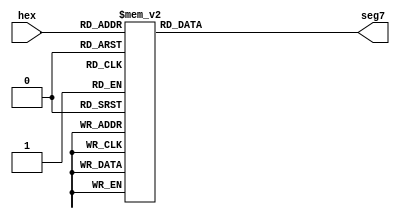
// ECE5440
// Module: decoder7
// Description: A 4-to-7 bit decoder for seven-segment displays.
//		It displays a 4-bit value as a hex digit.

// Visual mapping of reg seg to a seven-segment display:
//	 -0-
//	|   |
//	5   1
//	|   |
//	 -6-
//	|   |
//	4   2
//	 -3- .(DP, ignored)

module decoder7 (hex, seg7);
	input [3:0] hex;
	output [6:0] seg7;
	reg [6:0] seg7;
	
	always @ (hex)
	begin
		//decoder logic to convert hex to seg7
		//0=ON, 1=OFF
		case(hex)
			4'b0000: begin seg7 = 7'b1000000; end
			4'b0001: begin seg7 = 7'b1111001; end
			4'b0010: begin seg7 = 7'b0100100; end
			4'b0011: begin seg7 = 7'b0110000; end
			4'b0100: begin seg7 = 7'b0011001; end
			4'b0101: begin seg7 = 7'b0010010; end
			4'b0110: begin seg7 = 7'b0000010; end
			4'b0111: begin seg7 = 7'b1111000; end
			4'b1000: begin seg7 = 7'b0000000; end
			4'b1001: begin seg7 = 7'b0011000; end
			4'b1010: begin seg7 = 7'b0001000; end
			4'b1011: begin seg7 = 7'b0000011; end
			4'b1100: begin seg7 = 7'b1000110; end
			4'b1101: begin seg7 = 7'b0100001; end
			4'b1110: begin seg7 = 7'b0000110; end
			4'b1111: begin seg7 = 7'b0001110; end
		endcase
	end	
endmodule